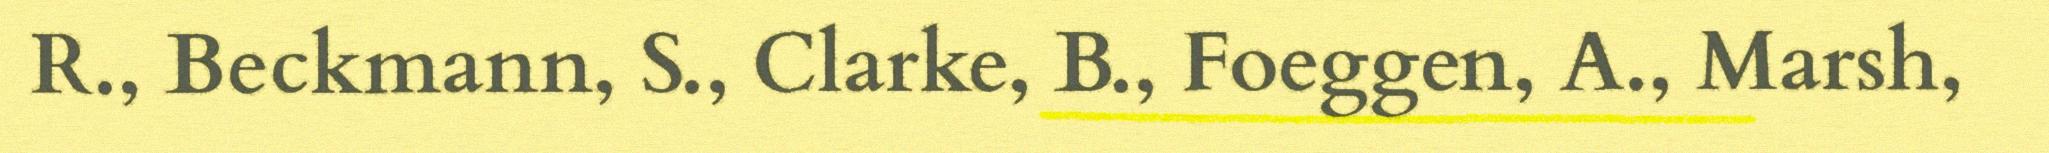
R., Beckmann, S., Clarke, B., Foeggen, A., Marsh,